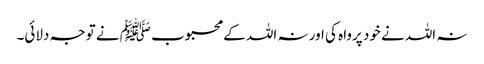
نہ اللہ نے خود پرواہ کی اور نہ اللہ کے محبوب ﷺ نے توجہ دلائی۔